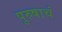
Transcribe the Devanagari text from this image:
पुरुषाचं